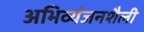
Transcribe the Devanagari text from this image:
अभिव्यंजनशैली